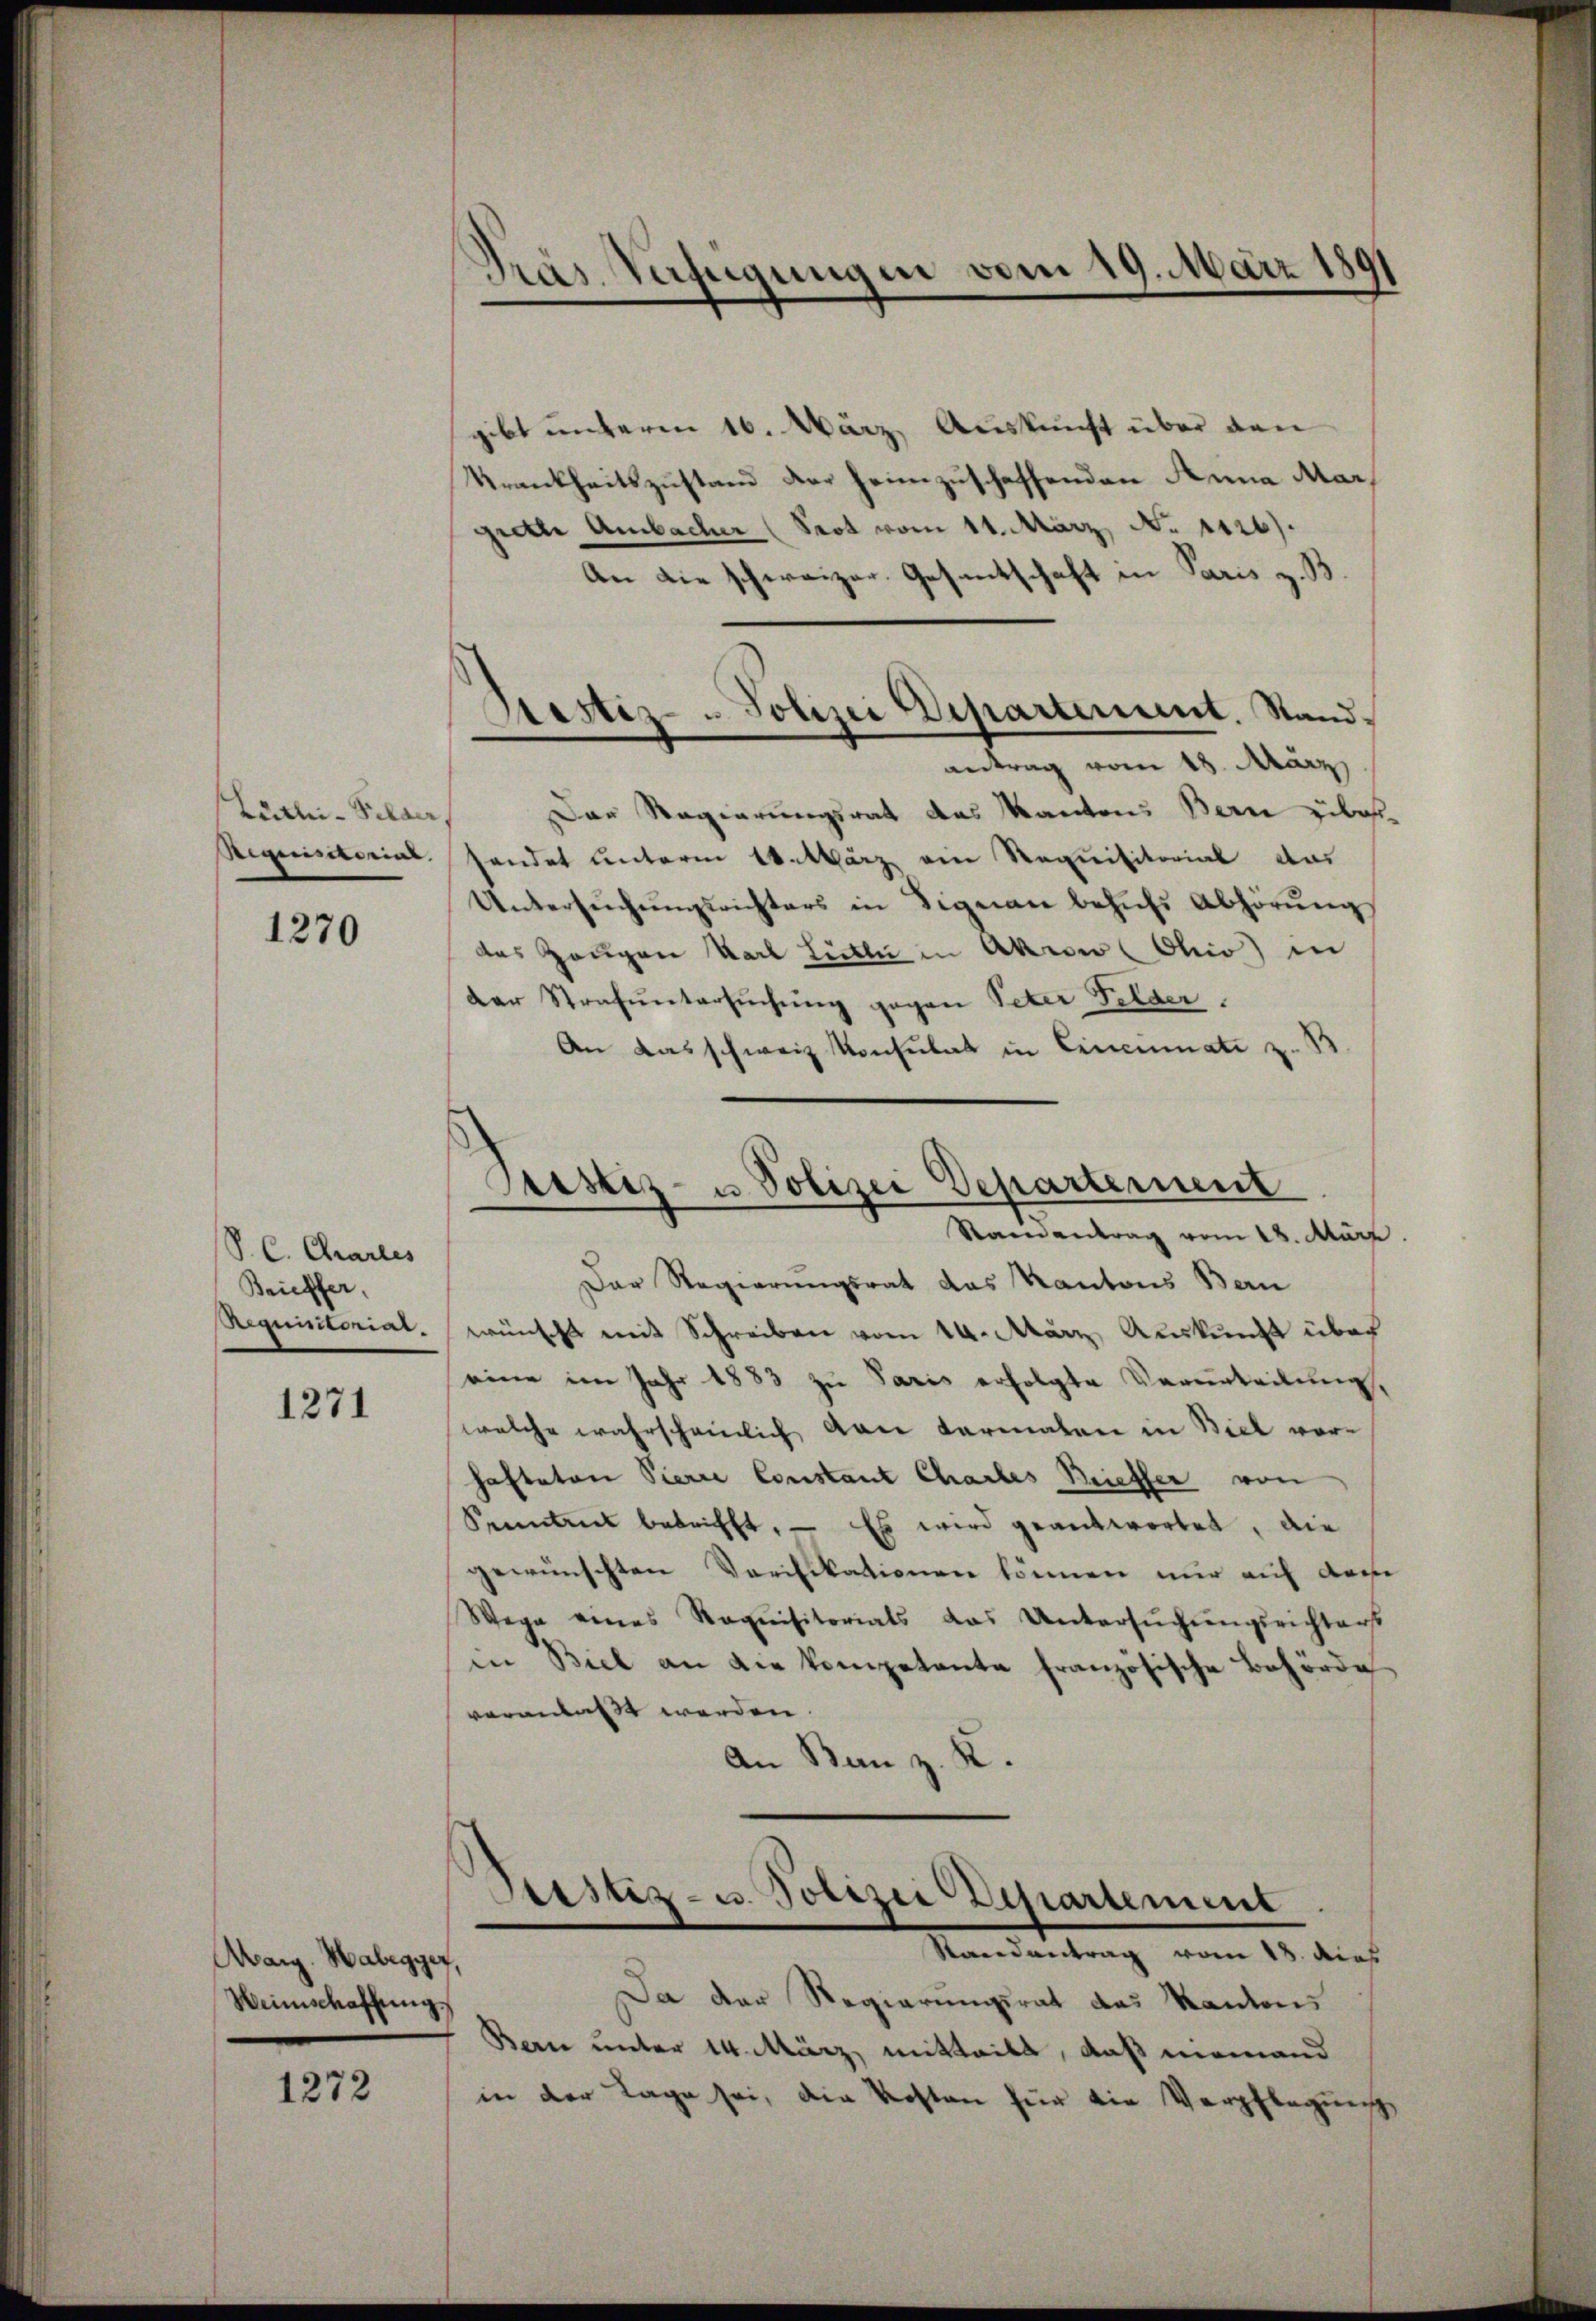
Cärtlei-Pilaer

1270

S. C. Chrarles
Brieffer,
Riqunitorial

1271

Marg. Habegyer.
Heimschaffung

1272

gibt unterm 16. März, Auskunft über den
Krankheitszustand der heimzuschaffenden Anna Margiette Ambacher (Prot vom 11. März, No 1126).
An die schweizer. Gesantschaft in Paris z. B
antrag vom 18. März
Das Regierungsrat das Kantons Bern über¬
Requisitorial handet unterm 10. März ein Requisitorial das
Untersŭchŭngsrichters in Signau behŭfs Abhörŭng
das Zeugen Karl Lutti in Akrow  Ohio in
der Strafuntersuchung gegen Peter Felder.
An das schweiz Konsulat in Einenmate z. B
Prestiz- u. Polizei Departement
Stainantrag vom 18. März.
Der Regierungsrat das Kantons Bern
wünscht mit Schreiben vom 14. März Auskunft über
eine im Jahr 1883 zu Paris erfolgte Verurteilung,
welche wahrscheinlich von Karmalen in Biel vorhafteten Pierre Constant Chartes Brieffer von
Kenntnis betrifft. — Es wird geantwortet, die
gewünschten Verifikationen können nur auf dem
Wege eines Requisitorials das Untersŭchŭngsrichters
in Biel an die kompetente französische Behörde
vorandass werden.
An Ban z. K.

Präs. Verfügungen vom 19. März 181

Restiz- - Polizei Departement. Stand.

Sistiz- u. Polizei Departement
Randantrag vom 18. dies

Da der Regierungsrat das Kantons
Bern unter 14. März, mitteilt, daß niemand
in der Tage sei, die Kosten für die Verpflegung